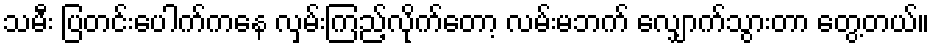
သမီး ပြတင်းပေါက်ကနေ လှမ်းကြည့်လိုက်တော့ လမ်းမဘက် လျှောက်သွားတာ တွေ့တယ်။